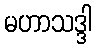
မဟာသဒ္ဒါ